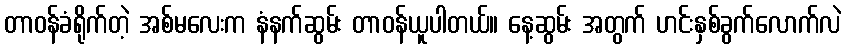
တာဝန်ခံရိုက်တဲ့ အစ်မလေးက နံနက်ဆွမ်း တာဝန်ယူပါတယ်။ နေ့ဆွမ်း အတွက် ဟင်းနှစ်ခွက်လောက်လဲ